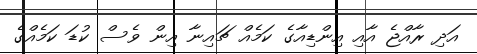
އަދި ރާއްޖެ އާއި އިންޑިއާގެ ކަމެއް ޗައިނާ އިން ވެސް ކުޑަ ކަމެއްގެ